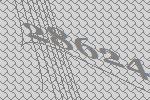
28624